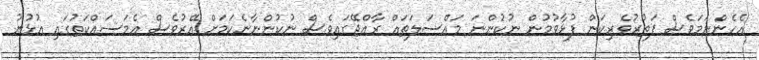
އެހެންނަމަވެސް ފަތުރުވެރިކަން ފުޅާވުމުން ނުކުންނަ މައްސަލަތައް ރާއްޖޭގައިވެސް ނުކުންނާނެކަމަށް އޭރުވެސް އެމަސައްކަތުގައި އުޅުނު